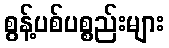
စွန့်ပစ်ပစ္စည်းများ